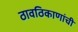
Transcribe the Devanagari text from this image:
ठावठिकाणांची